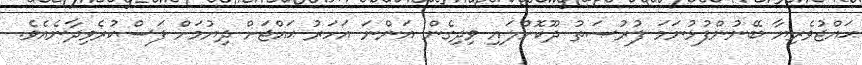
ޙައްޖުވެރިޔާ ބޭނުންފުޅުނަމަ ފުރުޞަތު ދޫކޮށްލައި ވިދިގެން އަންނަ އަހަރު ޙައްޖަށް ދިޔުމަށް ފަސްކުރެވިދާނެއެވެ.